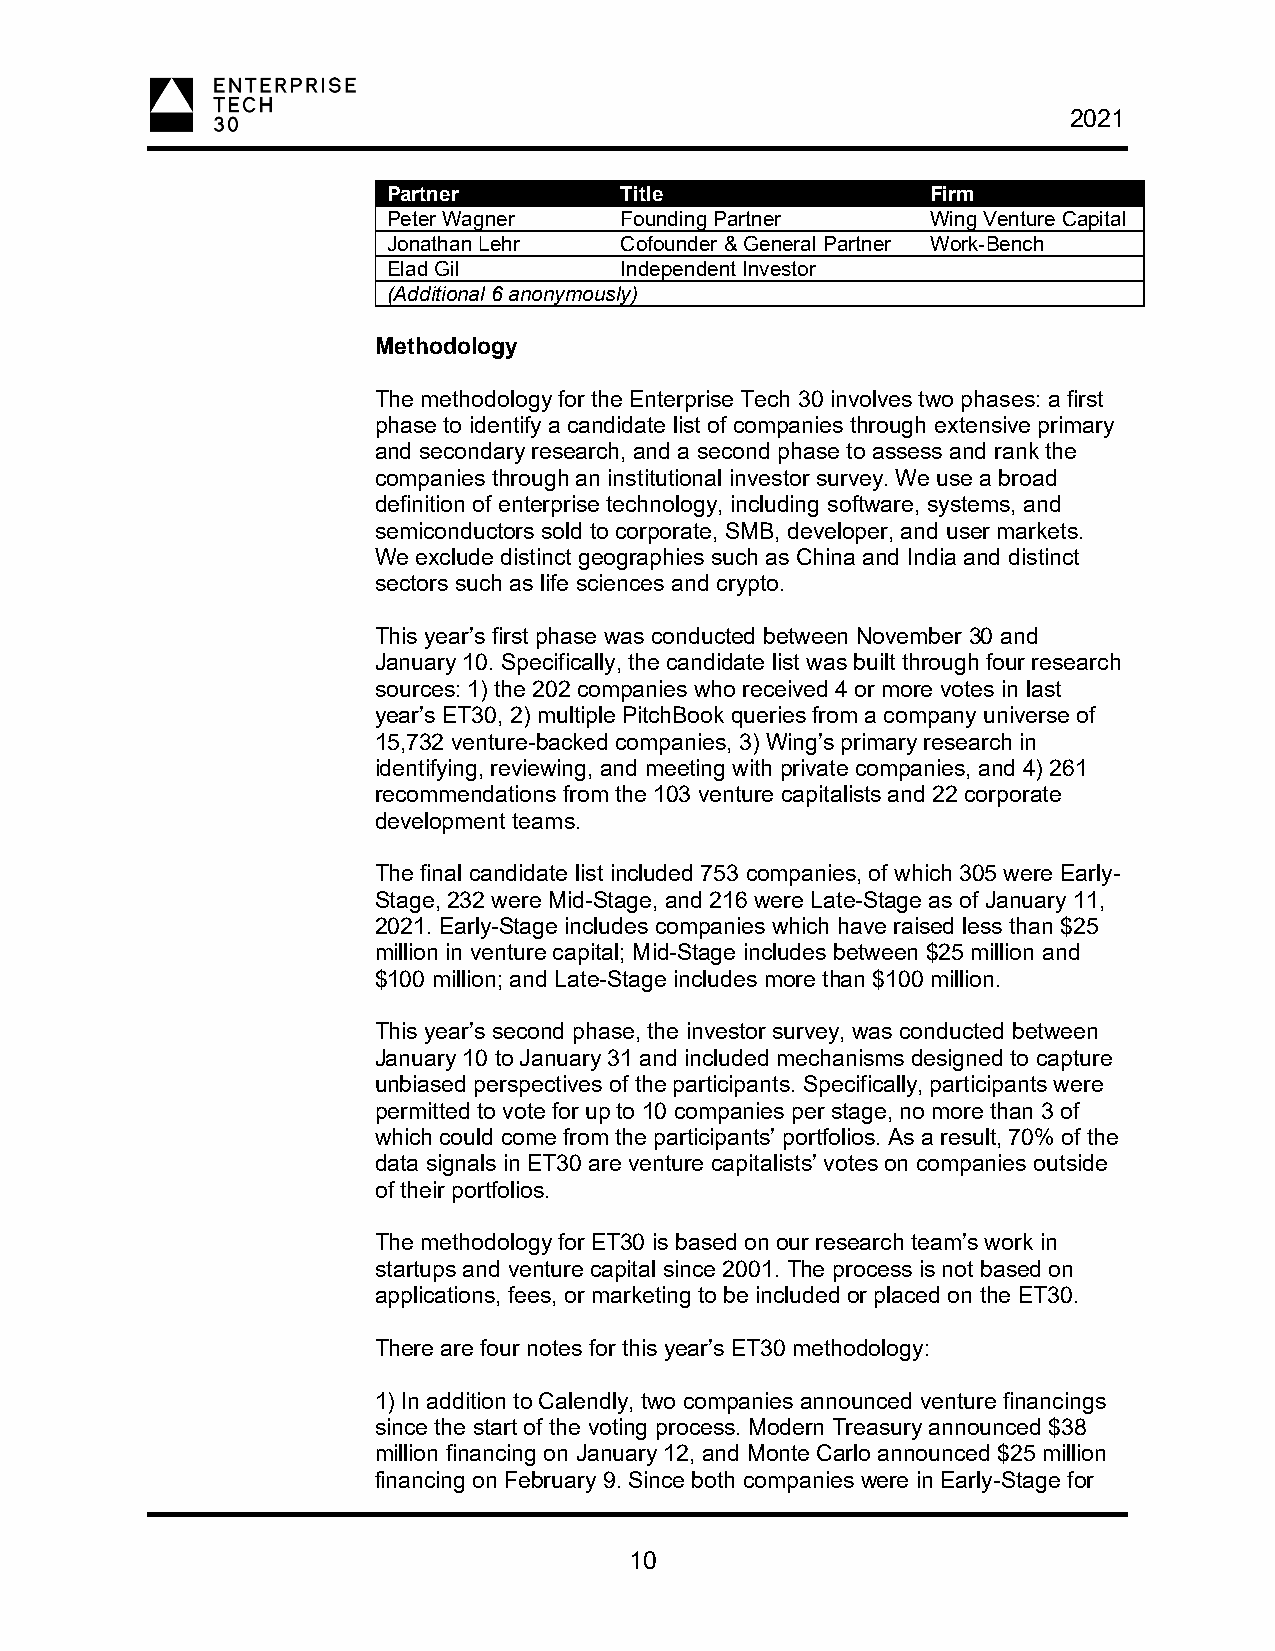
2021
 Partner        Title                Firm
 Peter Wagner   Founding Partner     Wing Venture Capital
 Jonathan Lehr  Cofounder & General Partner Work-Bench
 Elad Gil       Independent Investor
 (Additional 6 anonymously)
 Methodology
 The methodology for the Enterprise Tech 30 involves two phases: a first
 phase to identify a candidate list of companies through extensive primary
 and secondary research, and a second phase to assess and rank the
 companies through an institutional investor survey. We use a broad
 definition of enterprise technology, including software, systems, and
 semiconductors sold to corporate, SMB, developer, and user markets.
 We exclude distinct geographies such as China and India and distinct
 sectors such as life sciences and crypto.
 This year’s first phase was conducted between November 30 and
 January 10. Specifically, the candidate list was built through four research
 sources: 1) the 202 companies who received 4 or more votes in last
 year’s ET30, 2) multiple PitchBook queries from a company universe of
 15,732 venture-backed companies, 3) Wing’s primary research in
 identifying, reviewing, and meeting with private companies, and 4) 261
 recommendations from the 103 venture capitalists and 22 corporate
 development teams.
 The final candidate list included 753 companies, of which 305 were Early-
 Stage, 232 were Mid-Stage, and 216 were Late-Stage as of January 11,
 2021. Early-Stage includes companies which have raised less than $25
 million in venture capital; Mid-Stage includes between $25 million and
 $100 million; and Late-Stage includes more than $100 million.
 This year’s second phase, the investor survey, was conducted between
 January 10 to January 31 and included mechanisms designed to capture
 unbiased perspectives of the participants. Specifically, participants were
 permitted to vote for up to 10 companies per stage, no more than 3 of
 which could come from the participants’ portfolios. As a result, 70% of the
 data signals in ET30 are venture capitalists’ votes on companies outside
 of their portfolios.
 The methodology for ET30 is based on our research team’s work in
 startups and venture capital since 2001. The process is not based on
 applications, fees, or marketing to be included or placed on the ET30.
 There are four notes for this year’s ET30 methodology:
 1) In addition to Calendly, two companies announced venture financings
 since the start of the voting process. Modern Treasury announced $38
 million financing on January 12, and Monte Carlo announced $25 million
 financing on February 9. Since both companies were in Early-Stage for
 10